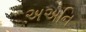
અએનિ